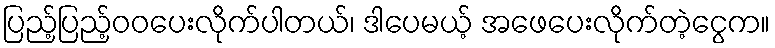
ပြည့်ပြည့်ဝဝပေးလိုက်ပါတယ်၊ ဒါပေမယ့် အဖေပေးလိုက်တဲ့ငွေက။